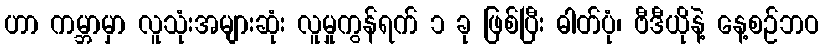
ဟာ ကမ္ဘာမှာ လူသုံးအများဆုံး လူမှုကွန်ရက် ၁ ခု ဖြစ်ပြီး ဓါတ်ပုံ၊ ဗီဒီယိုနဲ့ နေ့စဉ်ဘဝ